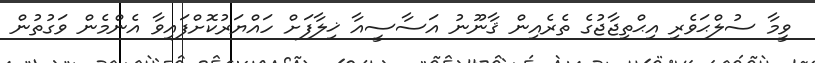
ވީމާ ސުލްޙަވެރި އިޙްތިޖާޖުގެ ތެރެއިން ޤާނޫނު އަސާސީއާ ޚިލާފަށް ހައްޔަރުކޮށްފައިވާ އެންމެން ވަގުތުން